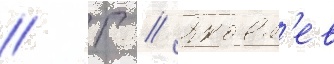
// Г // Яковл'ев